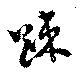
踈